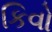
કિવો